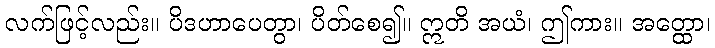
လက်ဖြင့်လည်း။ ပိဒဟာပေတွာ၊ ပိတ်စေ၍။ ဣတိ အယံ၊ ဤကား။ အတ္ထော၊